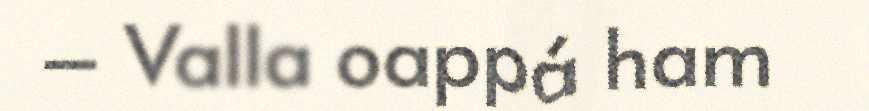
– Valla oappá ham